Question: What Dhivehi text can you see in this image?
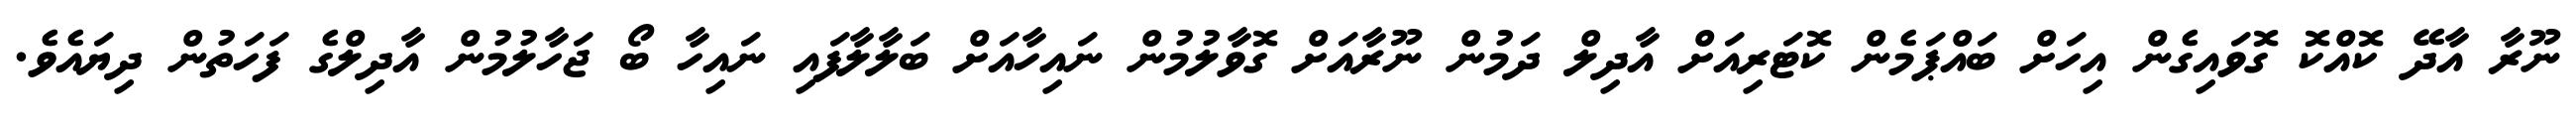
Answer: ނޫރާ އާދޭ ކޮއްކޮ ގޮވައިގެން އިހަށް ބައްޕަމެން ކޮޓަރިއަށް އާދިލް ދަމުން ނޫރާއަށް ގޮވާލުމުން ނައިހާއަށް ބަލާލާފައި ނައިހާ ބޯ ޖަހާލުމުން އާދިލްގެ ފަހަތުން ދިޔައެވެ.